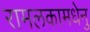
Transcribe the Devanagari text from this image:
रामलकामधेनु